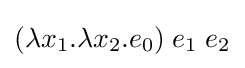
(\lambda x_{1}.\lambda x_{2}.e_{0})\;e_{1}\;e_{2}